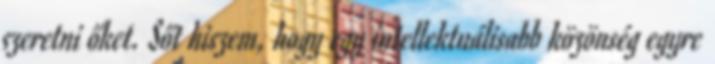
szeretni őket. Sőt hiszem, hogy egy intellektuálisabb közönség egyre